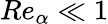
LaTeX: Re_{\alpha}\ll 1